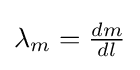
{\textstyle \lambda _{m}={\frac {dm}{dl}}}